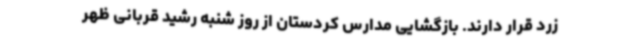
زرد قرار دارند. بازگشایی مدارس کردستان از روز شنبه رشید قربانی ظهر